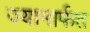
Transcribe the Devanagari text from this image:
ज्यामार्फत